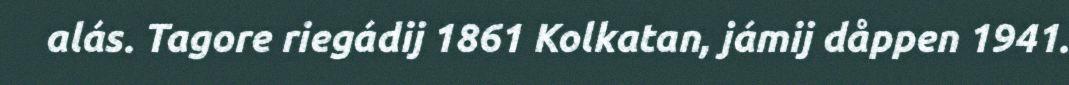
alás. Tagore riegádij 1861 Kolkatan, jámij dåppen 1941.